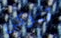
تتركى